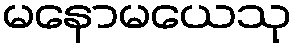
မနောမယေသု